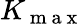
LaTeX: K_{\mathrm{~m~a~x~}}